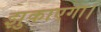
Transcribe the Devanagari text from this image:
झुकाएगा।